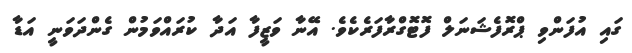
ގައި އުފަންވި ޕްރޮފެޝަނަލް ފޮޓޮގްރާފަރެކެވެ. އޭނާ ވަޒީފާ އަދާ ކުރައްވަމުން ގެންދަވަނީ އަޑާ